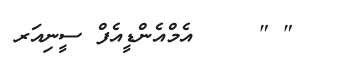
" "    	އެމްއެންޑީއެފް ސީނިއަރ